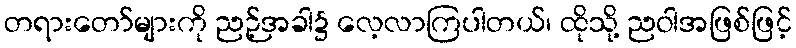
တရားတော်များကို ညဉ့်အခါ၌ လေ့လာကြပါတယ်၊ ထိုသို့ ညဝါအဖြစ်ဖြင့်